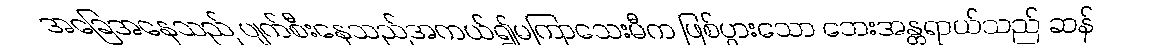
အခြေအနေသည် ပျက်စီးနေသည်အကယ်၍မကြာသေးမီက ဖြစ်ပွားသော ဘေးအန္တရာယ်သည် ဆန်